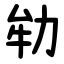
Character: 劺